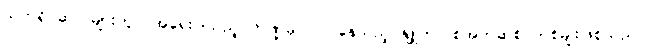
သက်ရှိ ဆဲလ်များတွင် အရေးပါသည့် ကဏ္ဍမှ ပါဝင်နေသည့် နျူကလစ်အက်ဆစ် တစ်မျိုးဖြစ်သည်။